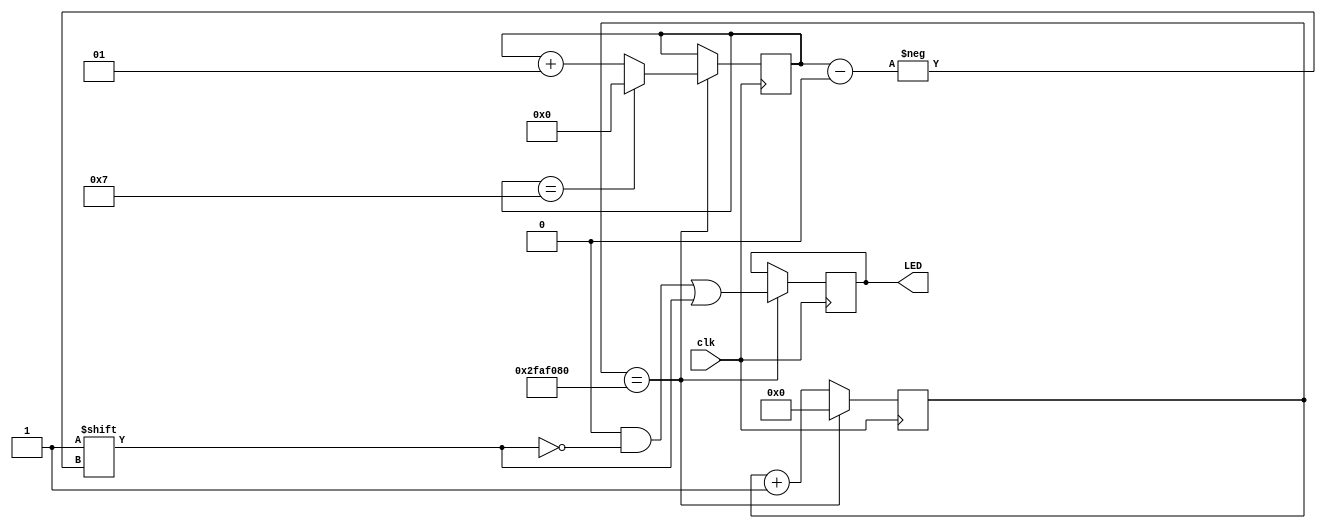
`timescale 1ns / 1ps
//////////////////////////////////////////////////////////////////////////////////
// Company: 
// Engineer: 
// 
// Design Name: 
// Module Name:    ripple 
// Project Name: 
// Target Devices: 
// Tool versions: 
// Description: 
//
// Dependencies: 
//
// Revision: 
// Revision 0.01 - File Created
// Additional Comments: 
//
//////////////////////////////////////////////////////////////////////////////////
`define SHIFT_TIME 50000000
`define TICK #2
module ripple (clk, LED);
	input clk;
	
	output [7:0]LED;

	reg [25:0]cnt;
	reg [7:0]LED;
	integer i;
	
	
	initial begin
		i = 0;
		LED = 8'b1;
		cnt = 26'b0;
	end
	
	always @(posedge clk) begin
		cnt <= (cnt + 26'b1);
		if (cnt == `SHIFT_TIME) begin
			LED <= 8'b0;
			LED[i] <= 1;
			cnt <= 0;
			if(i==7) begin
				i = 0;
			end
			else begin
				i = i + 1;
			end
		end
	end
endmodule